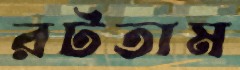
রটতাম